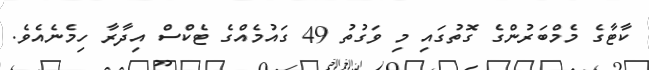
ކާޓާގެ މެމްބަރުންގެ ގޮތުގައި މި ވަގުތު 49 ގައުމެއްގެ ޓެކްސް އިދާރާ ހިމެނެއެވެ.